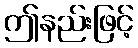
ဤနည်းဖြင့်